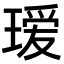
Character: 瑷